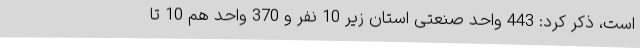
است، ذکر کرد: 443 واحد صنعتی استان زیر 10 نفر و 370 واحد هم 10 تا